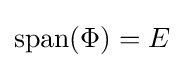
{\textrm {span}}(\Phi )=E